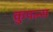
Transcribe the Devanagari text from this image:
कुपन्स